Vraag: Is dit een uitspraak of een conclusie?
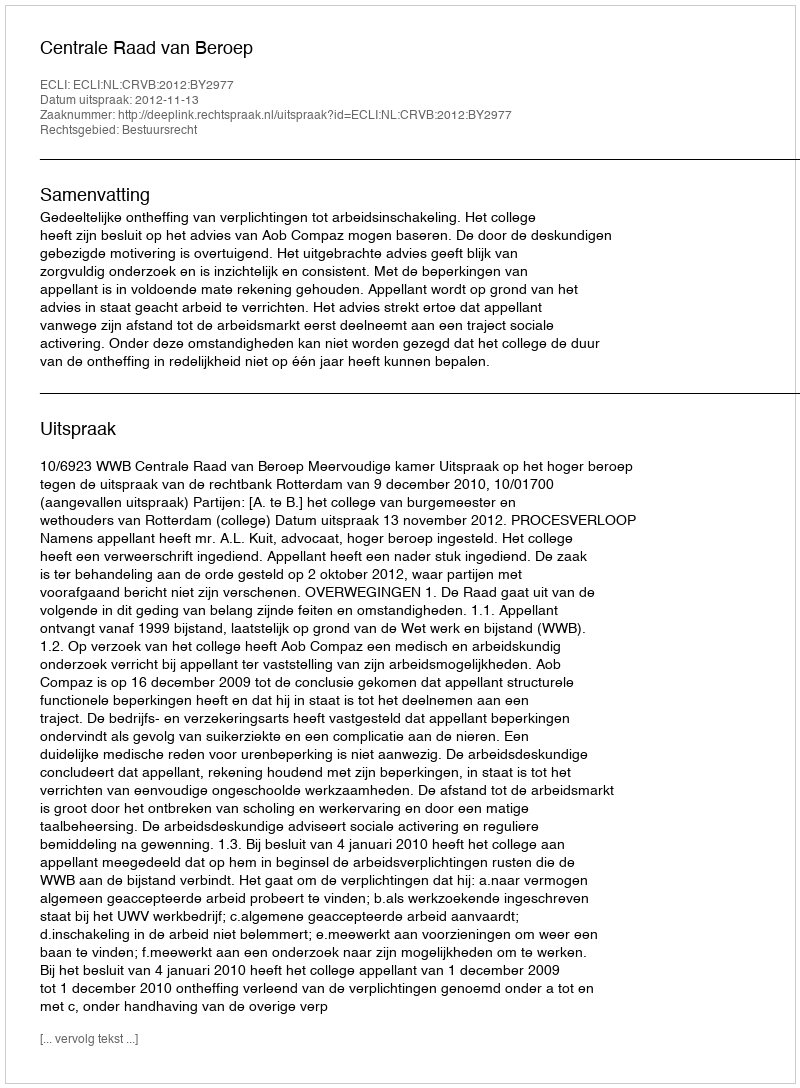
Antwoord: Uitspraak